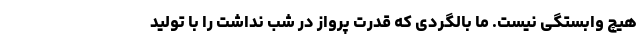
هیچ وابستگی نیست. ما بالگردی که قدرت پرواز در شب نداشت را با تولید